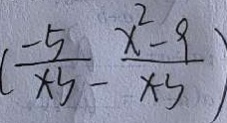
( \frac { - 5 } { x - 3 } - \frac { x ^ { 2 } - 9 } { x - 3 } )